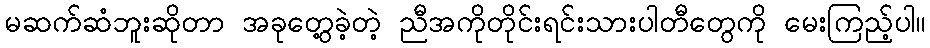
မဆက်ဆံဘူးဆိုတာ အခုတွေ့ခဲ့တဲ့ ညီအကိုတိုင်းရင်းသားပါတီတွေကို မေးကြည့်ပါ။